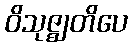
ဝိသုဇ္ဈတိပေ